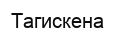
Тагискена